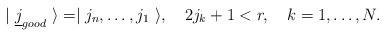
LaTeX: \begin{align*}|\ \underline j_{good}\ \rangle=\mid j_{n},\dots,j_{1}\ \rangle,\quad2j_k+1<r,\quad k=1,\dots,N.\end{align*}